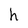
Character: h